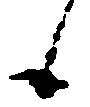
候